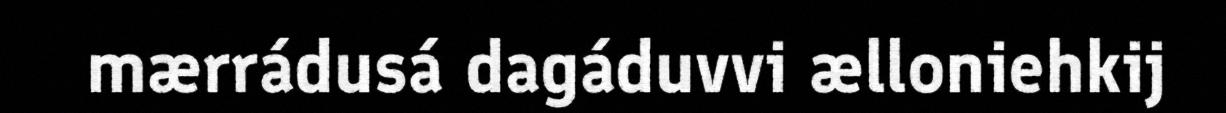
mærrádusá dagáduvvi ælloniehkij